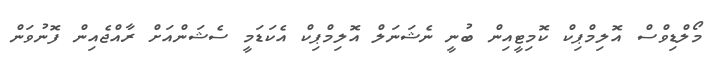
މޯލްޑިވްސް އޮލިމްޕިކް ކޮމިޓީއިން ބުނީ ނެޝަނަލް އޮލިމްޕިކް އެކަޑަމީ ސެޝަންއަށް ރާއްޖެއިން ފޮނުވަން